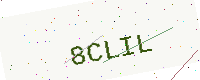
Text: 8CLIL